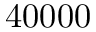
4 0 0 0 0